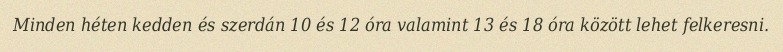
Minden héten kedden és szerdán 10 és 12 óra valamint 13 és 18 óra között lehet felkeresni.